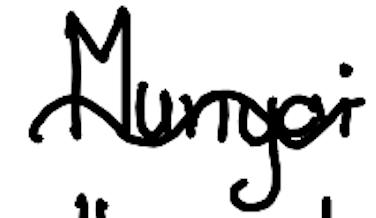
Text: Munyai
Cross-out: wave
Writing tool: digital_black